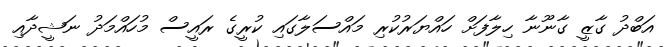
އަބްދު ގާޒީ ގާނޫނާ ހިލާފަށް ހައްޔަރުކުރި މައްސަލާގައި ކުރީގެ ރައީސް މުހައްމަދު ނަޝީދާއި